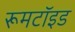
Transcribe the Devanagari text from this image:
रूमटॉइड